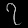
Digit: ၇